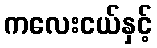
ကလေးငယ်နှင့်